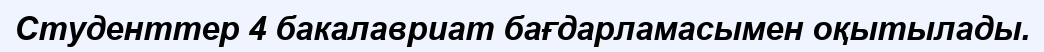
Студенттер 4 бакалавриат бағдарламасымен оқытылады.